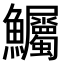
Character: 𫚇